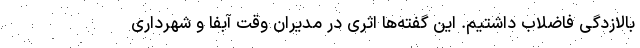
بالازدگی فاضلاب داشتیم. این گفته‌ها اثری در مدیران وقت آبفا و شهرداری